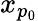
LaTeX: x_{p_{0}}